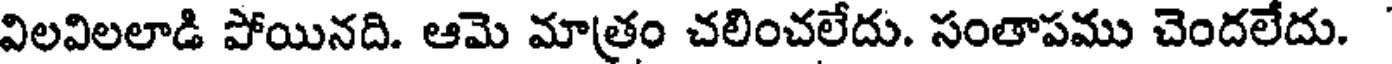
విలవిలలాడి పోయినది. ఆమె మాత్రం చలించలేదు. సంతాపము చెందలేదు.